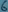
Text: 6